Scottish Leaving Certificate Examination, 1959
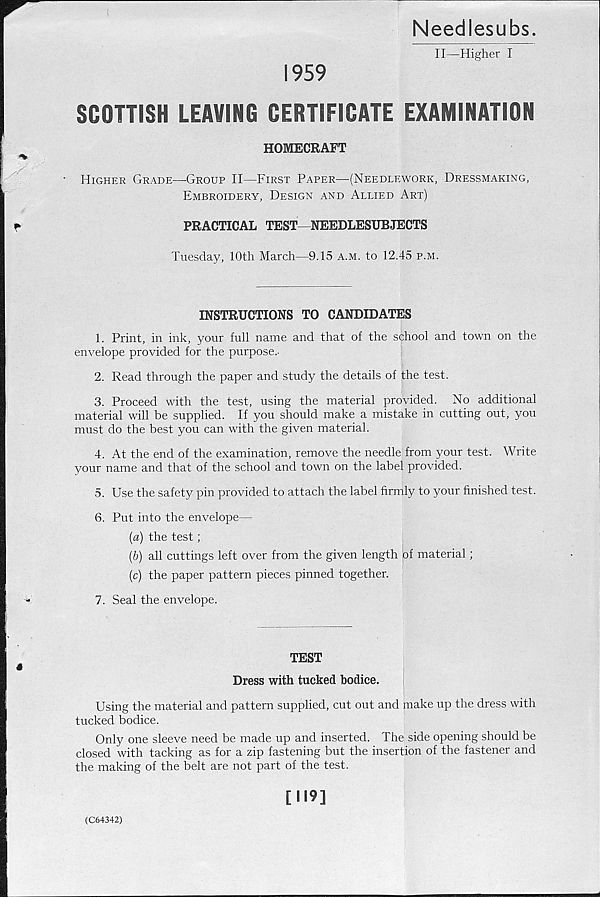
Needlesubs.
II—Higher I
1959
SCOTTISH LEAVING CERTIFICATE EXAMINATION
HOMECRAFT
Higher Grade—Group II—First Paper—(Needlework, Dressmaking,
Embroidery, Design and Allied Art)
PRACTICAL TEST—NEEDLESUBJECTS
Tuesday, 10th March—9.15 a.m. to 12.45 p.m.
INSTRUCTIONS TO CANDIDATES
1. Print, in ink, your full name and that of the school and town on the
envelope provided for the purpose..
2. Read through the paper and study the details of the test.
3. Proceed with the test, using the material provided. No additional
material will be supplied. If you should make a mistake in cutting out, you
must do the best you can with the given material.
4. At the end of the examination, remove the needle from your test. Write
your name and that of the school and town on the label provided.
5. Use the safety pin provided to attach the label firmly to your finished test.
6. Put into the envelope—
{a) the test;
(6) all cuttings left over from the given length of material;
(c) the paper pattern pieces pinned together.
7. Seal the envelope.
TEST
Dress with tucked bodice.
Using the material and pattern supplied, cut out and make up the dress with
tucked bodice.
Only one sleeve need be made up and inserted. The side opening should be
closed with tacking as for a zip fastening but the insertion of the fastener and
the making of the belt are not part of the test.
(C64342)
[119]